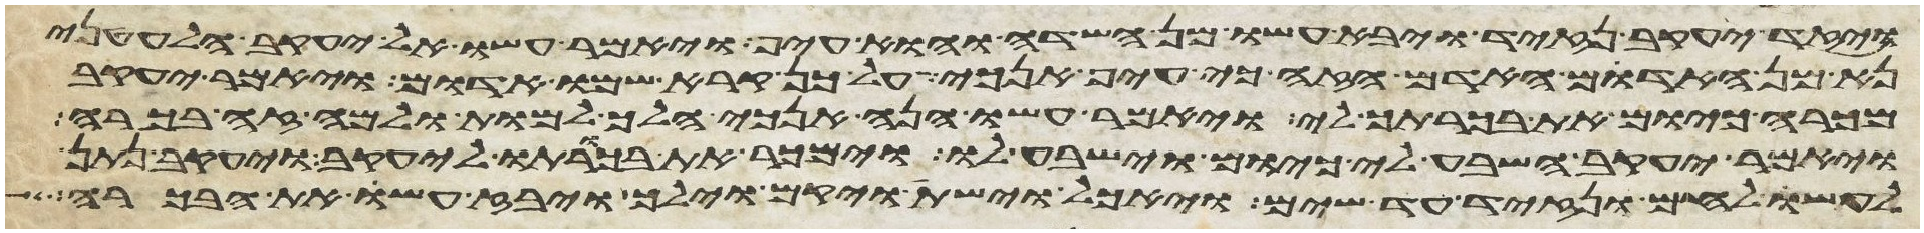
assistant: ויזד יעקב נזיד ויבא עשו מן השדה והוא עיף ויאמר עשו אל יעקב הלעטני
נא מן האדום האדם הזה כי עיף אנכי על כן קרא שמו אדום ויאמר יעקב
מכרה כיום את בכרתך לי ויאמר עשו הנה אנכי הלך למות ולמה זה לי בכורה
ויאמר יעקב השבע לי כיום וישבע לו וימכר את בכורתו ליעקב ויעקב נתן
לעשו לחם ונזיד עד שים ויאכל וישת ויקם וילך ויבז עשו את הבכורה